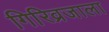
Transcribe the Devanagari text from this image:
गिरिव्रजाला